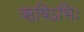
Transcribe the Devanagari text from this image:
ऋषिऽभिः